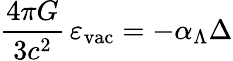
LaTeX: \frac{4\pi G}{3c^{2}}\, \varepsilon_{\mathrm{vac}}=-\alpha_{\Lambda}\Delta